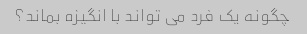
چگونه یک فرد می تواند با انگیزه بماند؟